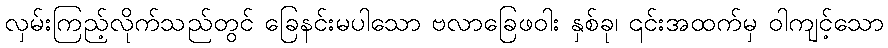
လှမ်းကြည့်လိုက်သည်တွင် ခြေနင်းမပါသော ဗလာခြေဖဝါး နှစ်ခု၊ ၎င်းအထက်မှ ဝါကျင့်သော